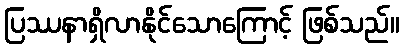
ပြဿနာရှိလာနိုင်သောကြောင့် ဖြစ်သည်။